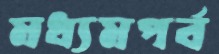
মধ্যমপর্ব